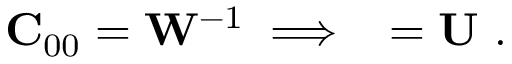
{ \bf C } _ { 0 0 } = { \bf W } ^ { - 1 } \implies { \bf \Phi } = { \bf U } \mathrm { ~ . ~ }